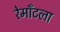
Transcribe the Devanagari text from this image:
रेमाँटला